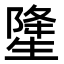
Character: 𤯲